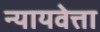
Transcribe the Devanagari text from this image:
न्यायवेत्ता